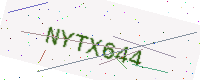
Text: NYTX644